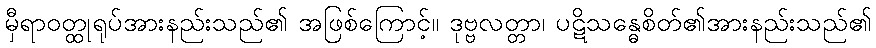
မှီရာဝတ္ထုရုပ်အားနည်းသည်၏ အဖြစ်ကြောင့်။ ဒုဗ္ဗလတ္တာ၊ ပဋိသန္ဓေစိတ်၏အားနည်းသည်၏